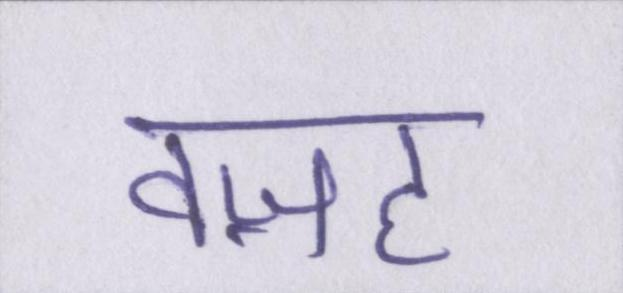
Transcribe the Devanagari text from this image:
वज़ह